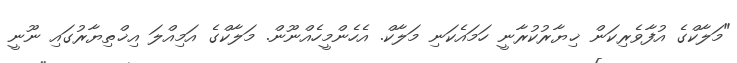
"މަލާކްގެ އުފާވެރިކަން ޚިޔާރުކުރާނީ ހަމައެކަނި މަލާކް. އެހެންމީހެއްނޫން. މަލާކްގެ އަމިއްލަ އިޚްތިޔާރުގައި ނޫނީ